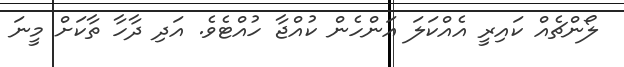
ލޯންޗެއް ކައިރީ އެއްކަލަ އަންހެން ކުއްޖާ ހުއްޓެވެ. އަދި ދާހާ ތާކަށް މީނަ